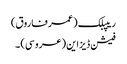
ریپبلک (عمر فاروق)
فیشن ڈیزاین (عروسی) ۔